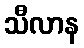
သီလာန